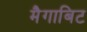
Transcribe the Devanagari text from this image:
मैगाबिट